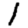
Digit: 1